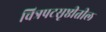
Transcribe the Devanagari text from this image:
चित्रपटसृष्ठीतील